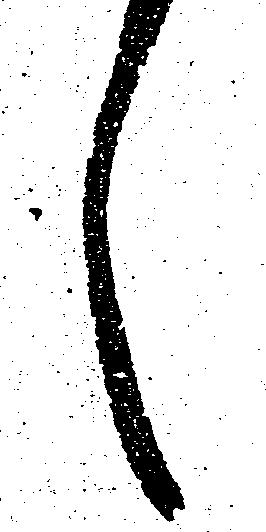
言